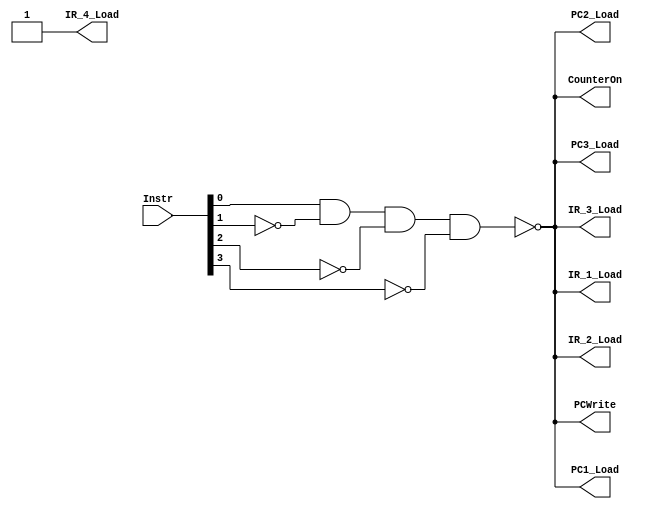
module Sequential_1
(
	Instr,
	PCWrite,
	PC1_Load,
	PC2_Load,
	PC3_Load,
	IR_1_Load,
	IR_2_Load,
	IR_3_Load,
	IR_4_Load,
	CounterOn
);
	input	[3:0]Instr;
	output PCWrite,CounterOn,PC1_Load,PC2_Load,PC3_Load;
	output IR_1_Load,IR_2_Load,IR_3_Load,IR_4_Load;
	
	assign PCWrite = ~(Instr[0] & ~Instr[1] & ~Instr[2] & ~Instr[3]);
	assign CounterOn = ~(Instr[0] & ~Instr[1] & ~Instr[2] & ~Instr[3]);
	assign PC1_Load = ~(Instr[0] & ~Instr[1] & ~Instr[2] & ~Instr[3]);
	assign PC2_Load = ~(Instr[0] & ~Instr[1] & ~Instr[2] & ~Instr[3]);
	assign PC3_Load = ~(Instr[0] & ~Instr[1] & ~Instr[2] & ~Instr[3]);
	assign IR_1_Load = ~(Instr[0] & ~Instr[1] & ~Instr[2] & ~Instr[3]);
	assign IR_2_Load = ~(Instr[0] & ~Instr[1] & ~Instr[2] & ~Instr[3]);
	assign IR_3_Load = ~(Instr[0] & ~Instr[1] & ~Instr[2] & ~Instr[3]);
	assign IR_4_Load = 1/*~(Instr[0] & ~Instr[1] & ~Instr[2] & ~Instr[3])*/;

endmodule